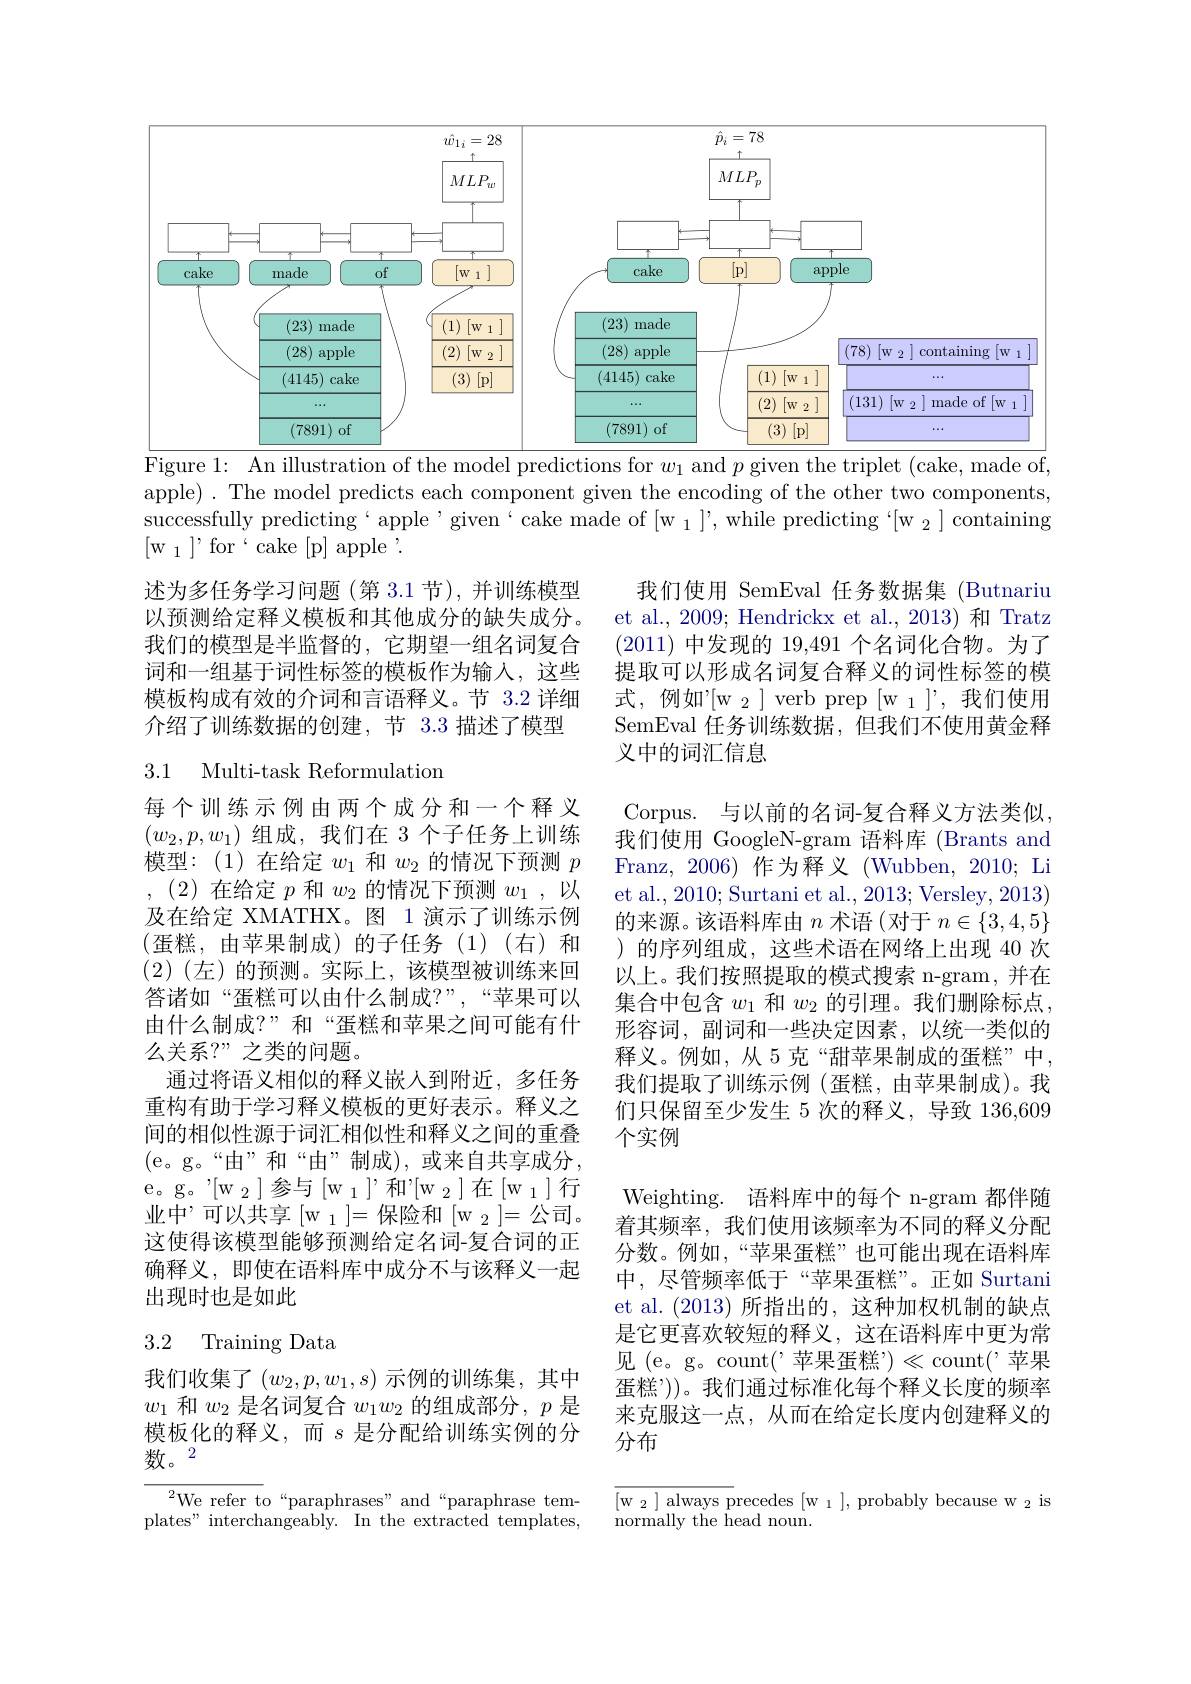
<FigureHere>
Figure 1: An illustration of the model predictions for $w_1$ and $p$ given the triplet (cake, made of,

apple) . The model predicts each component given the encoding of the other two components, successfully predicting`apple'given`cake made of [w $_1]’$,while predicting‘[w $_2]$ containing [w$_1]’$for$‘$cake[p]apple$’.$

述为多任务学习问题(第 3.1 节), 并训练模型以预测给定释义模板和其他成分的缺失成分。我们的模型是半监督的，它期望一组名词复合词和一组基于词性标签的模板作为输入，这些模板构成有效的介词和言语释义。节 3.2 详细介绍了训练数据的创建，节 3.3 描述了模型

## 3.1 Multi-task Reformulation

我们使用 SemEval 任务数据集 (Butnariu et al., 2009; Hendrickx et al., 2013) 和 Tratz (2011)中发现的 19,491 个名词化合物。为了提取可以形成名词复合释义的词性标签的模$式，例如'[w_{2}]~verb~prep~[w_{1}]',我们使用$ SemEval 任务训练数据，但我们不使用黄金释义中的词汇信息
Corpus. 与以前的名词-复合释义方法类似我们使用 GoogleN-gram 语料库 (Brants and Franz, 2006) 作为释义 (Wubben, 2010; Li et al., 2010; Surtani et al., 2013; Versley, 2013) 的来源。该语料库由$n$术语(对于$n\in\{3,4,5\}$ )的序列组成，这些术语在网络上出现 40 次以上。我们按照提取的模式搜索 n-gram, 并在集合中包含$w_1$和$w_2$的引理。我们删除标点， 形容词，副词和一些决定因素，以统一类似的释义。例如，从 5 克“甜苹果制成的蛋糕”中， 我们提取了训练示例(蛋糕，由苹果制成)。我们只保留至少发生 5 次的释义，导致 136,609个实例
Weighting. 语料库中的每个 n-gram 都伴随着其频率，我们使用该频率为不同的释义分配分数。例如，“苹果蛋糕”也可能出现在语料库中，尽管频率低于“苹果蛋糕”。正如 Surtani et al.(2013)所指出的，这种加权机制的缺点是它更喜欢较短的释义，这在语料库中更为常见 (e。g。count(’苹果蛋糕”)《count(’苹果蛋糕”))。我们通过标准化每个释义长度的频率来克服这一点，从而在给定长度内创建释义的分布

每个训练示例由两个成分和一个释义$(w_2,p,w_1)$组成，我们在 3 个子任务上训练模型：(1)在给定$w_{1}$和$w_{2}$的情况下预测$p$ ,(2)在给定$p$和$w_2$的情况下预测$w_1$,以及在给定 XMATHX。图 1 演示了训练示例(蛋糕，由苹果制成)的子任务(1)(右)和$(2)(左)$的预测。实际上，该模型被训练来回答诸如“蛋糕可以由什么制成？”,“苹果可以由什么制成？”和“蛋糕和苹果之间可能有什么关系？”之类的问题。
通过将语义相似的释义嵌入到附近，多任务重构有助于学习释义模板的更好表示。释义之间的相似性源于词汇相似性和释义之间的重叠(e。g。“由”和“由”制成),或来自共享成分， e。g。" [ $w_2$] 参 与 [ $w_1$] '和"[w\_2]在[w\_1]行业中”可以共享$[\mathrm w_1]=$保险和$[\mathrm w_2]=$公司。这使得该模型能够预测给定名词-复合词的正确释义，即使在语料库中成分不与该释义一起出现时也是如此

## 3.2 Training Data

我们收集了$(w_2,p,w_1,s)$ 示例的训练集，其中$w_1$和$w_2$是名词复合$w_1w_2$的组成部分，$p$是模板化的释义，而$s$ 是分配给训练实例的分数。2

${\overline{{^2}\text{We refer t}}}$o“paraphrases”and“paraphrase templates" interchangeably. In the extracted templates,

[w $_2]$ always precedes [w $_1]$, probably because w $_2$ is
${\mathrm{normally~the~head~noun.}}$